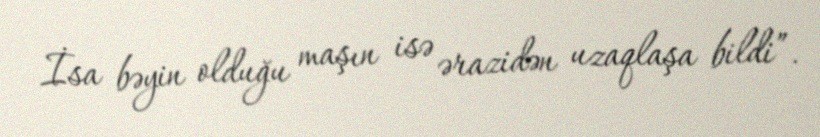
İsa bəyin olduğu maşın isə ərazidən uzaqlaşa bildi”.